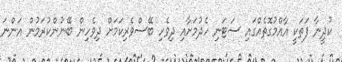
ކުދީނާ ފަތަކީ އާއްމުގޮތެއްގައި ސަޓަނި ހެދުމަށާއި ދިވެހި ބޭސްވެރިކަމަށް ދިވެހިން ބޭނުންކުރަމުން އަންނަ